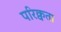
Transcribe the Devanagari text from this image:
परिक्वता